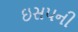
ઇસપની